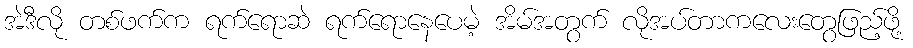
အဲဒီလို တစ်ဖက်က ရက်ရောဆဲ ရက်ရောနေပေမဲ့ အိမ်အတွက် လိုအပ်တာကလေးတွေဖြည့်ဖို့